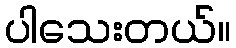
ပါသေးတယ်။